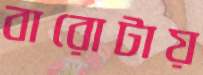
বারোটায়